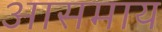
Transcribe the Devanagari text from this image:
आसमाय